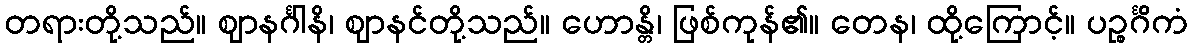
တရားတို့သည်။ ဈာနင်္ဂါနိ၊ ဈာနင်တို့သည်။ ဟောန္တိ၊ ဖြစ်ကုန်၏။ တေန၊ ထို့ကြောင့်။ ပဉ္စင်္ဂိကံ